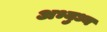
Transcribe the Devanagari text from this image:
अभ्युध्य